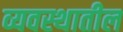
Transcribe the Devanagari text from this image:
व्यवस्थातील